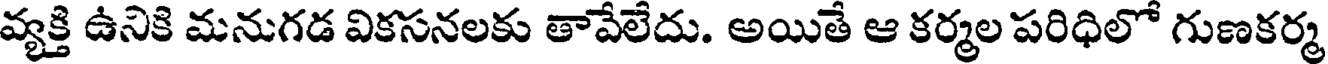
వ్యక్తి ఉనికి మనుగడ వికసనలకు తావేలేదు. అయితే ఆ కర్మల పరిధిలో గుణకర్మ